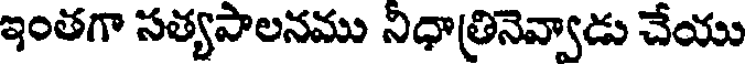
ఇంతగా సత్యసాలనము నిధాత్రినెవ్వాడు చేయు